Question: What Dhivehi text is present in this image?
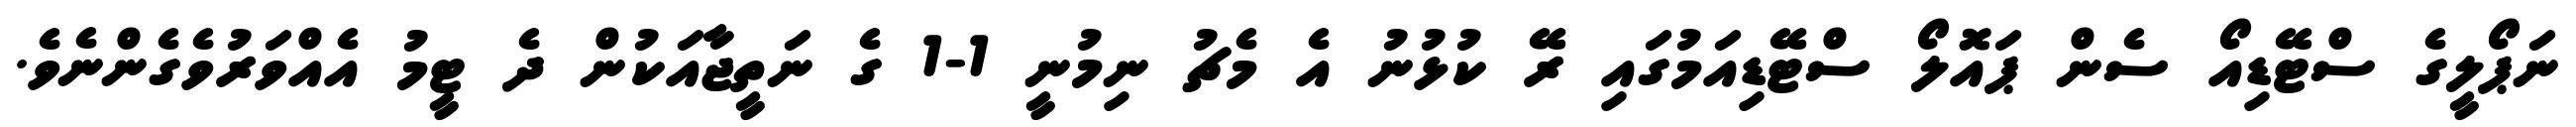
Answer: ނަޕޯލީގެ ސްޓޭޑިއޯ ސެން ޕައޮލޯ ސްޓޭޑިއަމުގައި ރޭ ކުޅުނު އެ މެޗު ނިމުނީ 1-1 ގެ ނަތީޖާއަކުން ދެ ޓީމު އެއްވަރުވެގެންނެވެ.